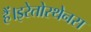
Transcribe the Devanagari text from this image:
हैं।इरेतोस्थेनस